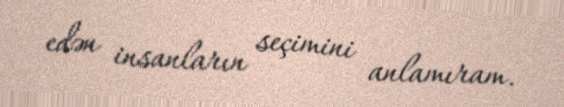
edən insanların seçimini anlamıram.